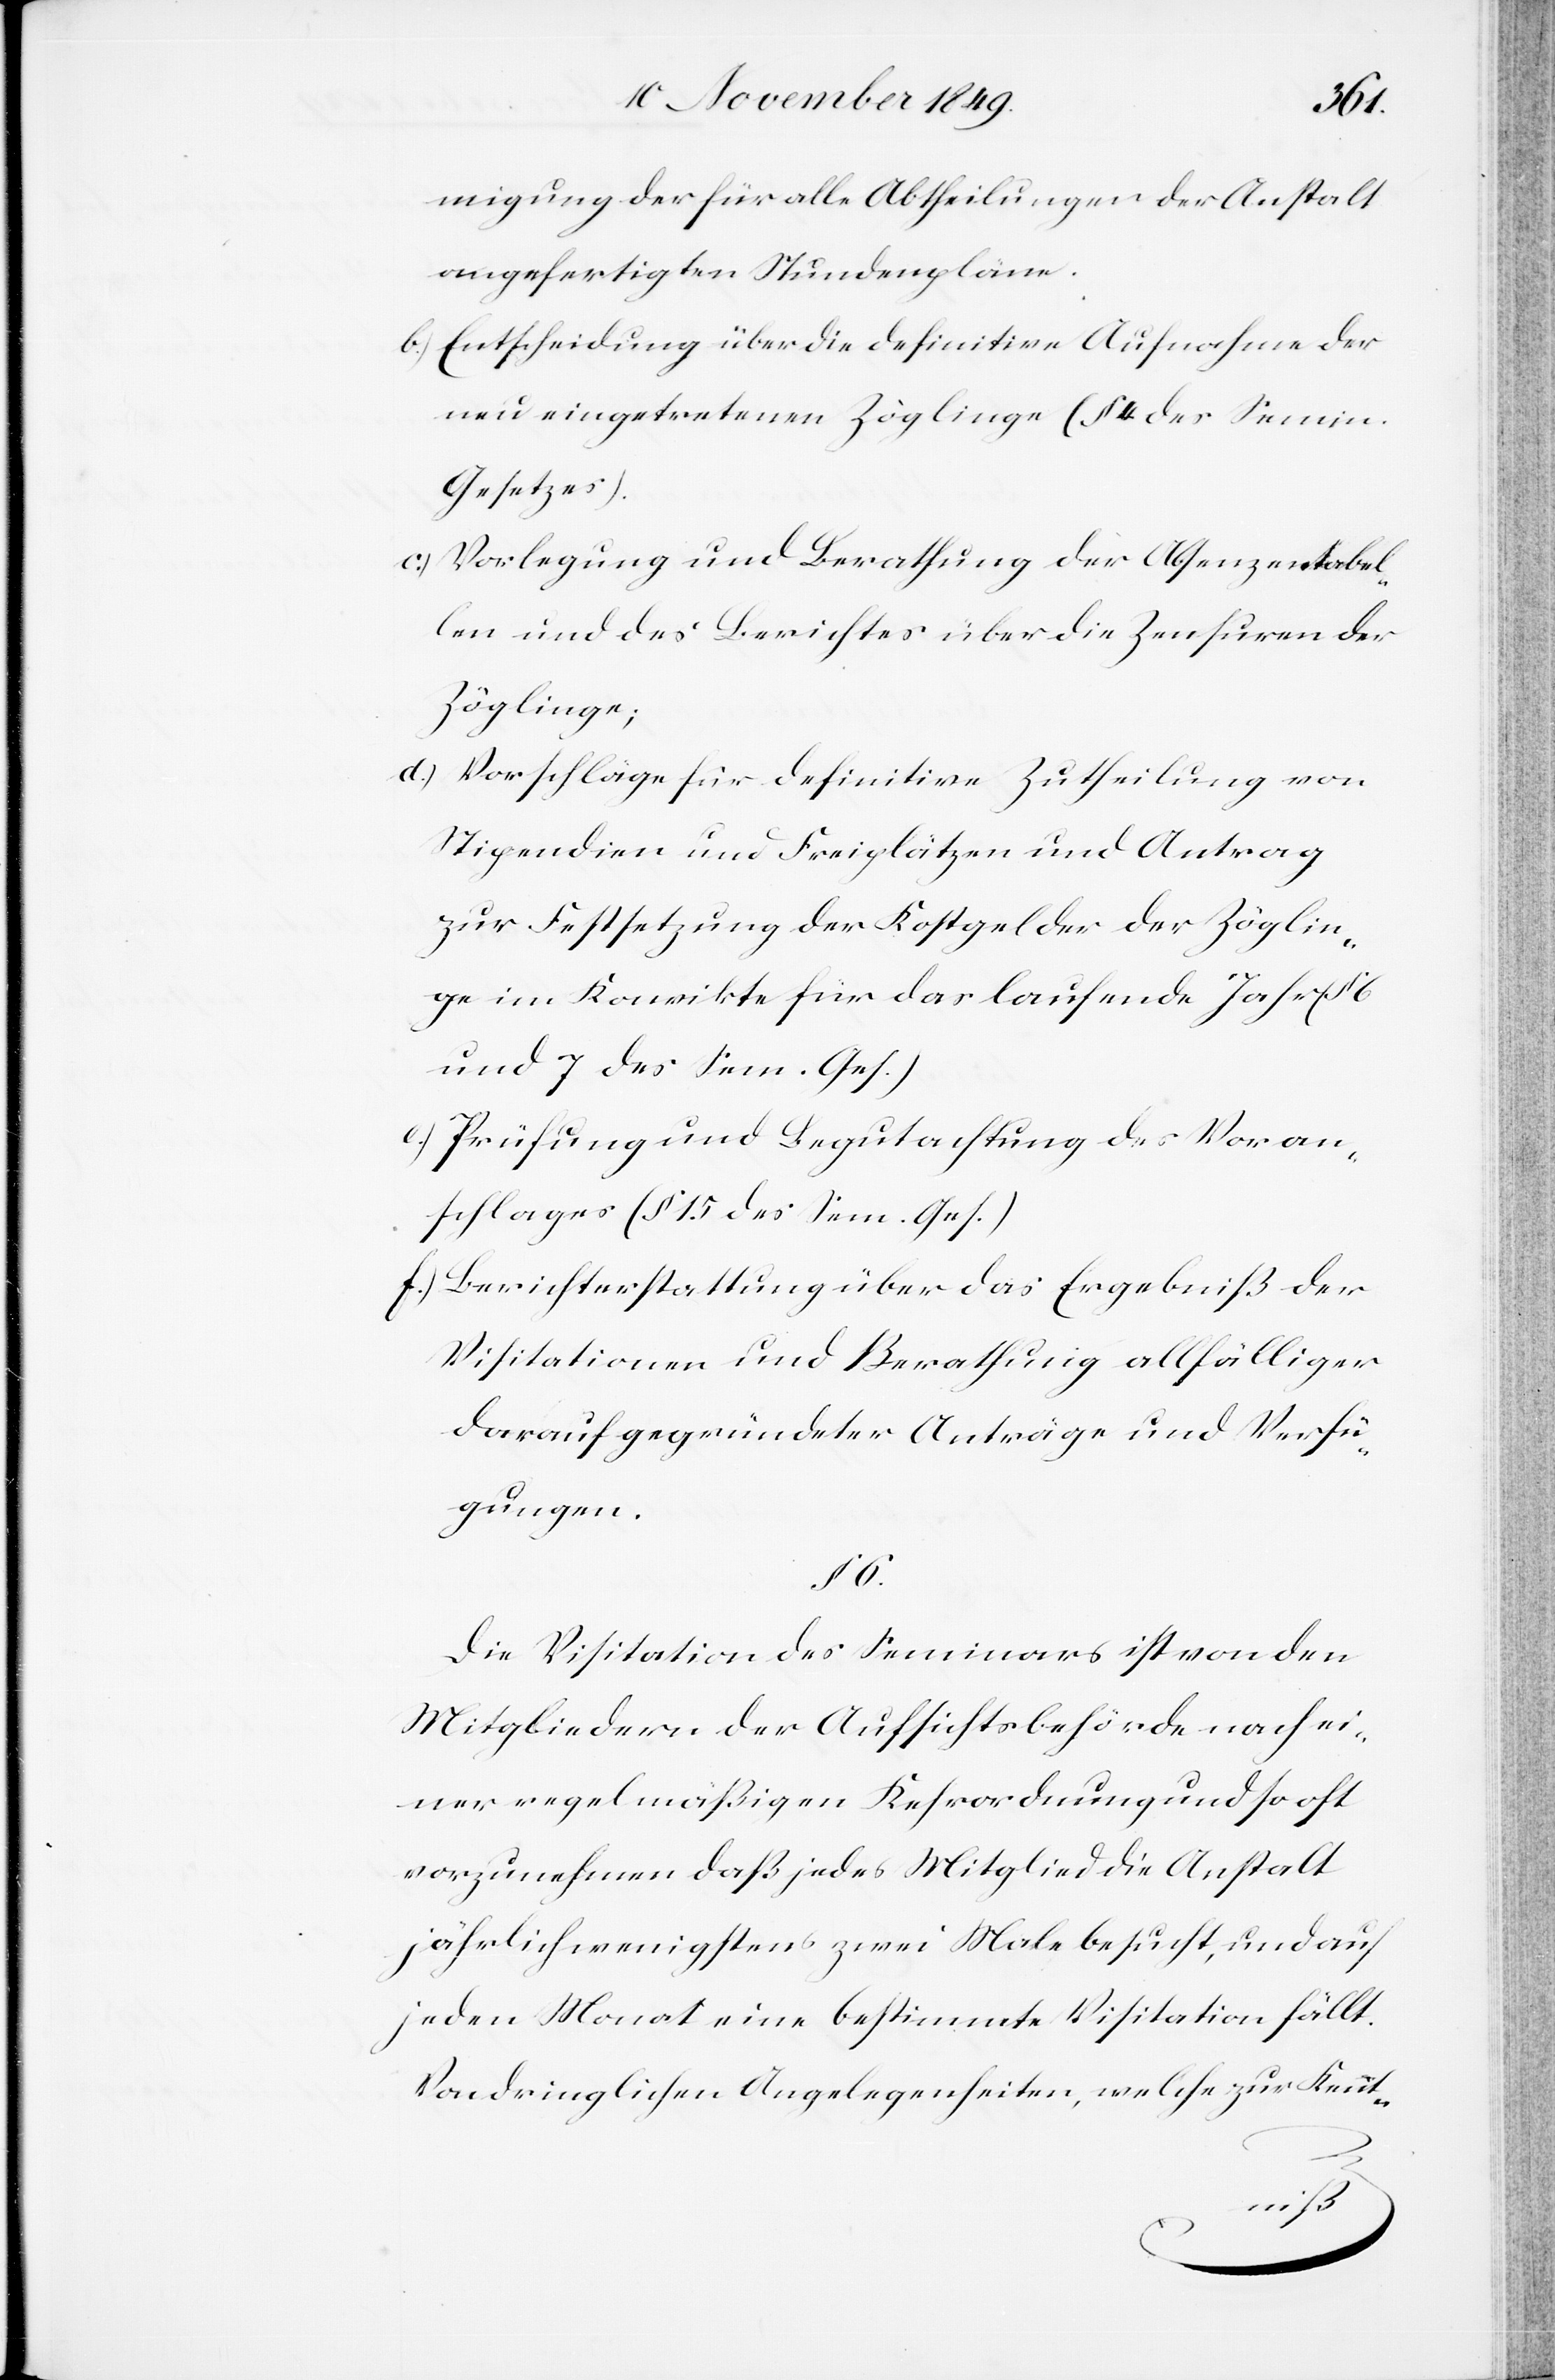
migung der für alle Abtheilungen der Anstalt
angefertigten Stundenpläne.
b) Entscheidung über die definitiven Aufnahme der
neu eingetretenen Zöglinge (§ 4 des Semin.
Gesetzes).
c.) Vorlegung und Berathung der Absenzentabel¬
len und des Berichtes über die Zensuren der
Zöglinge;
d.) Vorschläge für definitive Zutheilung von
Stipendien und Freiplätzen und Antrag
zur Festsetzung der Kostgelder der Zöglin¬
ge im Konvikte für das laufende Jahr (§
und 7 des Sem. Ges.)
e) Prüfung und Begutachtung des Voran¬
schlages (§ 15 des Sem. Ges.)
f.) Berichterstattung über das Ergebniß der
Visitationen und Berathung allfälliger
darauf gegründeter Anträge und Verfü¬
gungen.
§ 6.
Die Visitation des Seminars ist von den
Mitgliedern der Aufsichtsbehörde nach ei¬
ner regelmäßigen Kehrordnung so oft
vorzunehmen daß jedes Mitglied die Anstalt
jährlich wenigstens zwei Male besucht, und auf
jeden Monat eine bestimmte Visitation fällt.
Von dringlichen Angelegenheiten, welche zur Kennt-